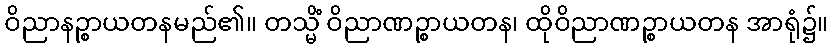
ဝိညာနဉ္စာယတနမည်၏။ တသ္မိံ ဝိညာဏဉ္စာယတန၊ ထိုဝိညာဏဉ္စာယတန အာရုံ၌။